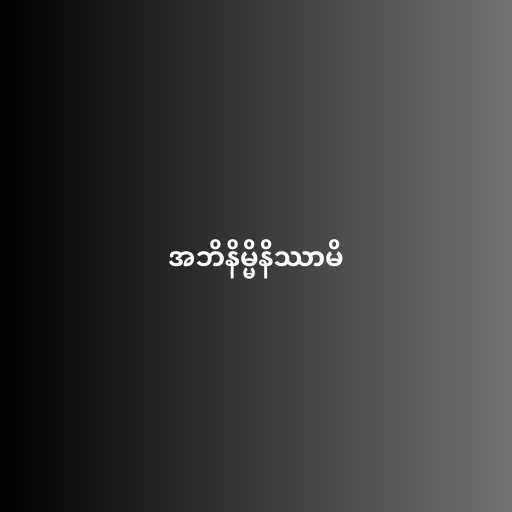
အဘိနိမ္မိနိဿာမိ